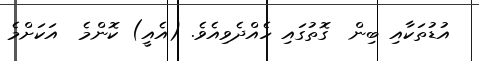
އުޑުތަކާއި ބިން  ގޮތުގައި ހެއްދެވިއެވެ. (އެއީ) ކޮންމެ  އަކަށްމެ